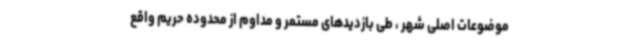
موضوعات اصلی شهر ، طی بازدیدهای مستمر و مداوم از محدوده حریم واقع